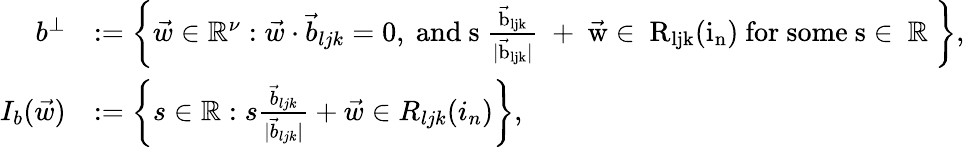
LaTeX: \begin{array}{rl}{b^{\perp}}&{:=\left\{ \vec{w}\in\mathbb{R}^{\nu}:\vec{w}\cdot\vec{b}_{ljk}=0,\mathrm{~and~s~\frac{\vec{b}_{ljk}}{|\vec{b}_{ljk}|}~+~\vec{w}\in~R_{ljk}(i_n)~for~some~s\in~\mathbb{R}~}\right\} ,}\\ {I_{b}(\vec{w})}&{:=\left\{ s\in\mathbb{R}:s\frac{\vec{b}_{ljk}}{|\vec{b}_{ljk}|}+\vec{w}\in R_{ljk}(i_{n})\right\} ,}\end{array}